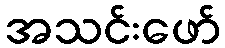
အသင်းဖော်